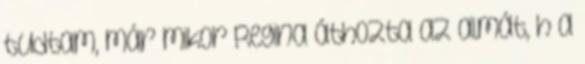
tudtam, már mikor Regina áthozta az almát, h a